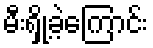
မီးရှို့ခဲ့ကြောင်း